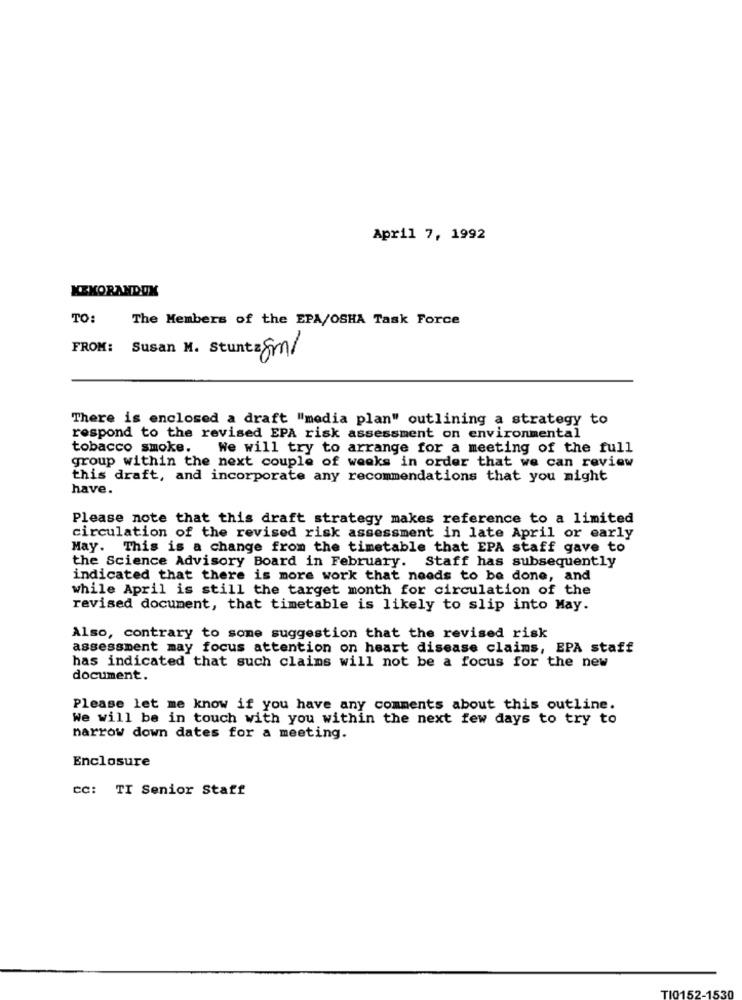
April 7, 1992
KEKORANDOX
TO:
The Members of the EPA/OSHA Task Force
FROM: Susan M. Stuntzgrn/
There is enclosed a draft "media plan" outlining a strategy to
respond to the revised EPA risk assessment on environmental
tobacco smoke.
We will try to arrange for a meeting of the full
group within the next couple of weeks in order that we can review
this draft, and incorporate any recommendations that you might
have.
Please note that this draft strategy makes reference to a limited
circulation of the revised risk assessment in late April or early
May. This is a change from the timetable that EPA staff gave to
the Science Advisory Board in February. Staff has subsequently
indicated that there is more work that needs to be done, and
while April is still the target month for circulation of the
revised document, that timetable is likely to slip into May.
Also, contrary to some suggestion that the revised risk
assessment may focus attention on heart disease claims, EPA staff
has indicated that such claims will not be a focus for the new
document.
Please let me know if you have any comments about this outline.
We will be in touch with you within the next few days to try to
narrow down dates for a meeting.
Enclosure
CC: TI Senior Staff
TI015